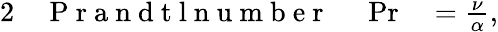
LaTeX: \begin{array}{rlrl}{{2}}&{{}\mathrm{~P~r~a~n~d~t~l~n~u~m~b~e~r~}}&{\, \, \operatorname*{Pr}}&{{}=\frac{\nu}{\alpha},}\end{array}